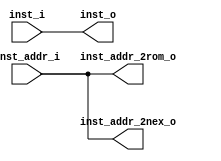
module ifetch(
	input wire[31:0]  inst_addr_i,//from pc
	input wire[31:0]  inst_i, //from rom
	output wire[31:0] inst_addr_2rom_o, //to rom
	output wire[31:0] inst_addr_2nex_o, //along pipeline
	output wire[31:0] inst_o //to if_id
);
	assign inst_addr_2rom_o = inst_addr_i;
	assign inst_addr_2nex_o = inst_addr_i;
	assign inst_o = inst_i;
endmodule